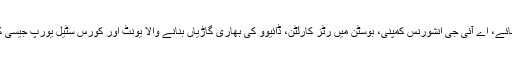
ٹاٹا نے ٹیٹلی چائے، اے آئی جی انشورنس کمپنی، بوسٹن میں رٹز کارلٹن، ڈائیوو کی بھاری گاڑیاں بنانے والا یونٹ اور کورس سٹیل یورپ جیسی کمپنیاں خریدیں۔